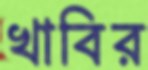
খাবির